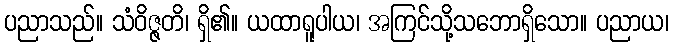
ပညာသည်။ သံဝိဇ္ဇတိ၊ ရှိ၏။ ယထာရူပါယ၊ အကြင်သို့သဘောရှိသော။ ပညာယ၊